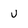
Character: U